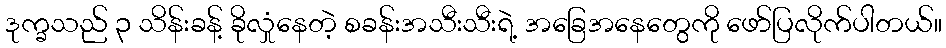
ဒုက္ခသည် ၃ သိန်းခန့် ခိုလှုံနေတဲ့ စခန်းအသီးသီးရဲ့ အခြေအနေတွေကို ဖော်ပြလိုက်ပါတယ်။